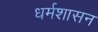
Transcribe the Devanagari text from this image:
धर्मशासन